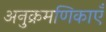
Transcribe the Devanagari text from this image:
अनुक्रमणिकाएँ